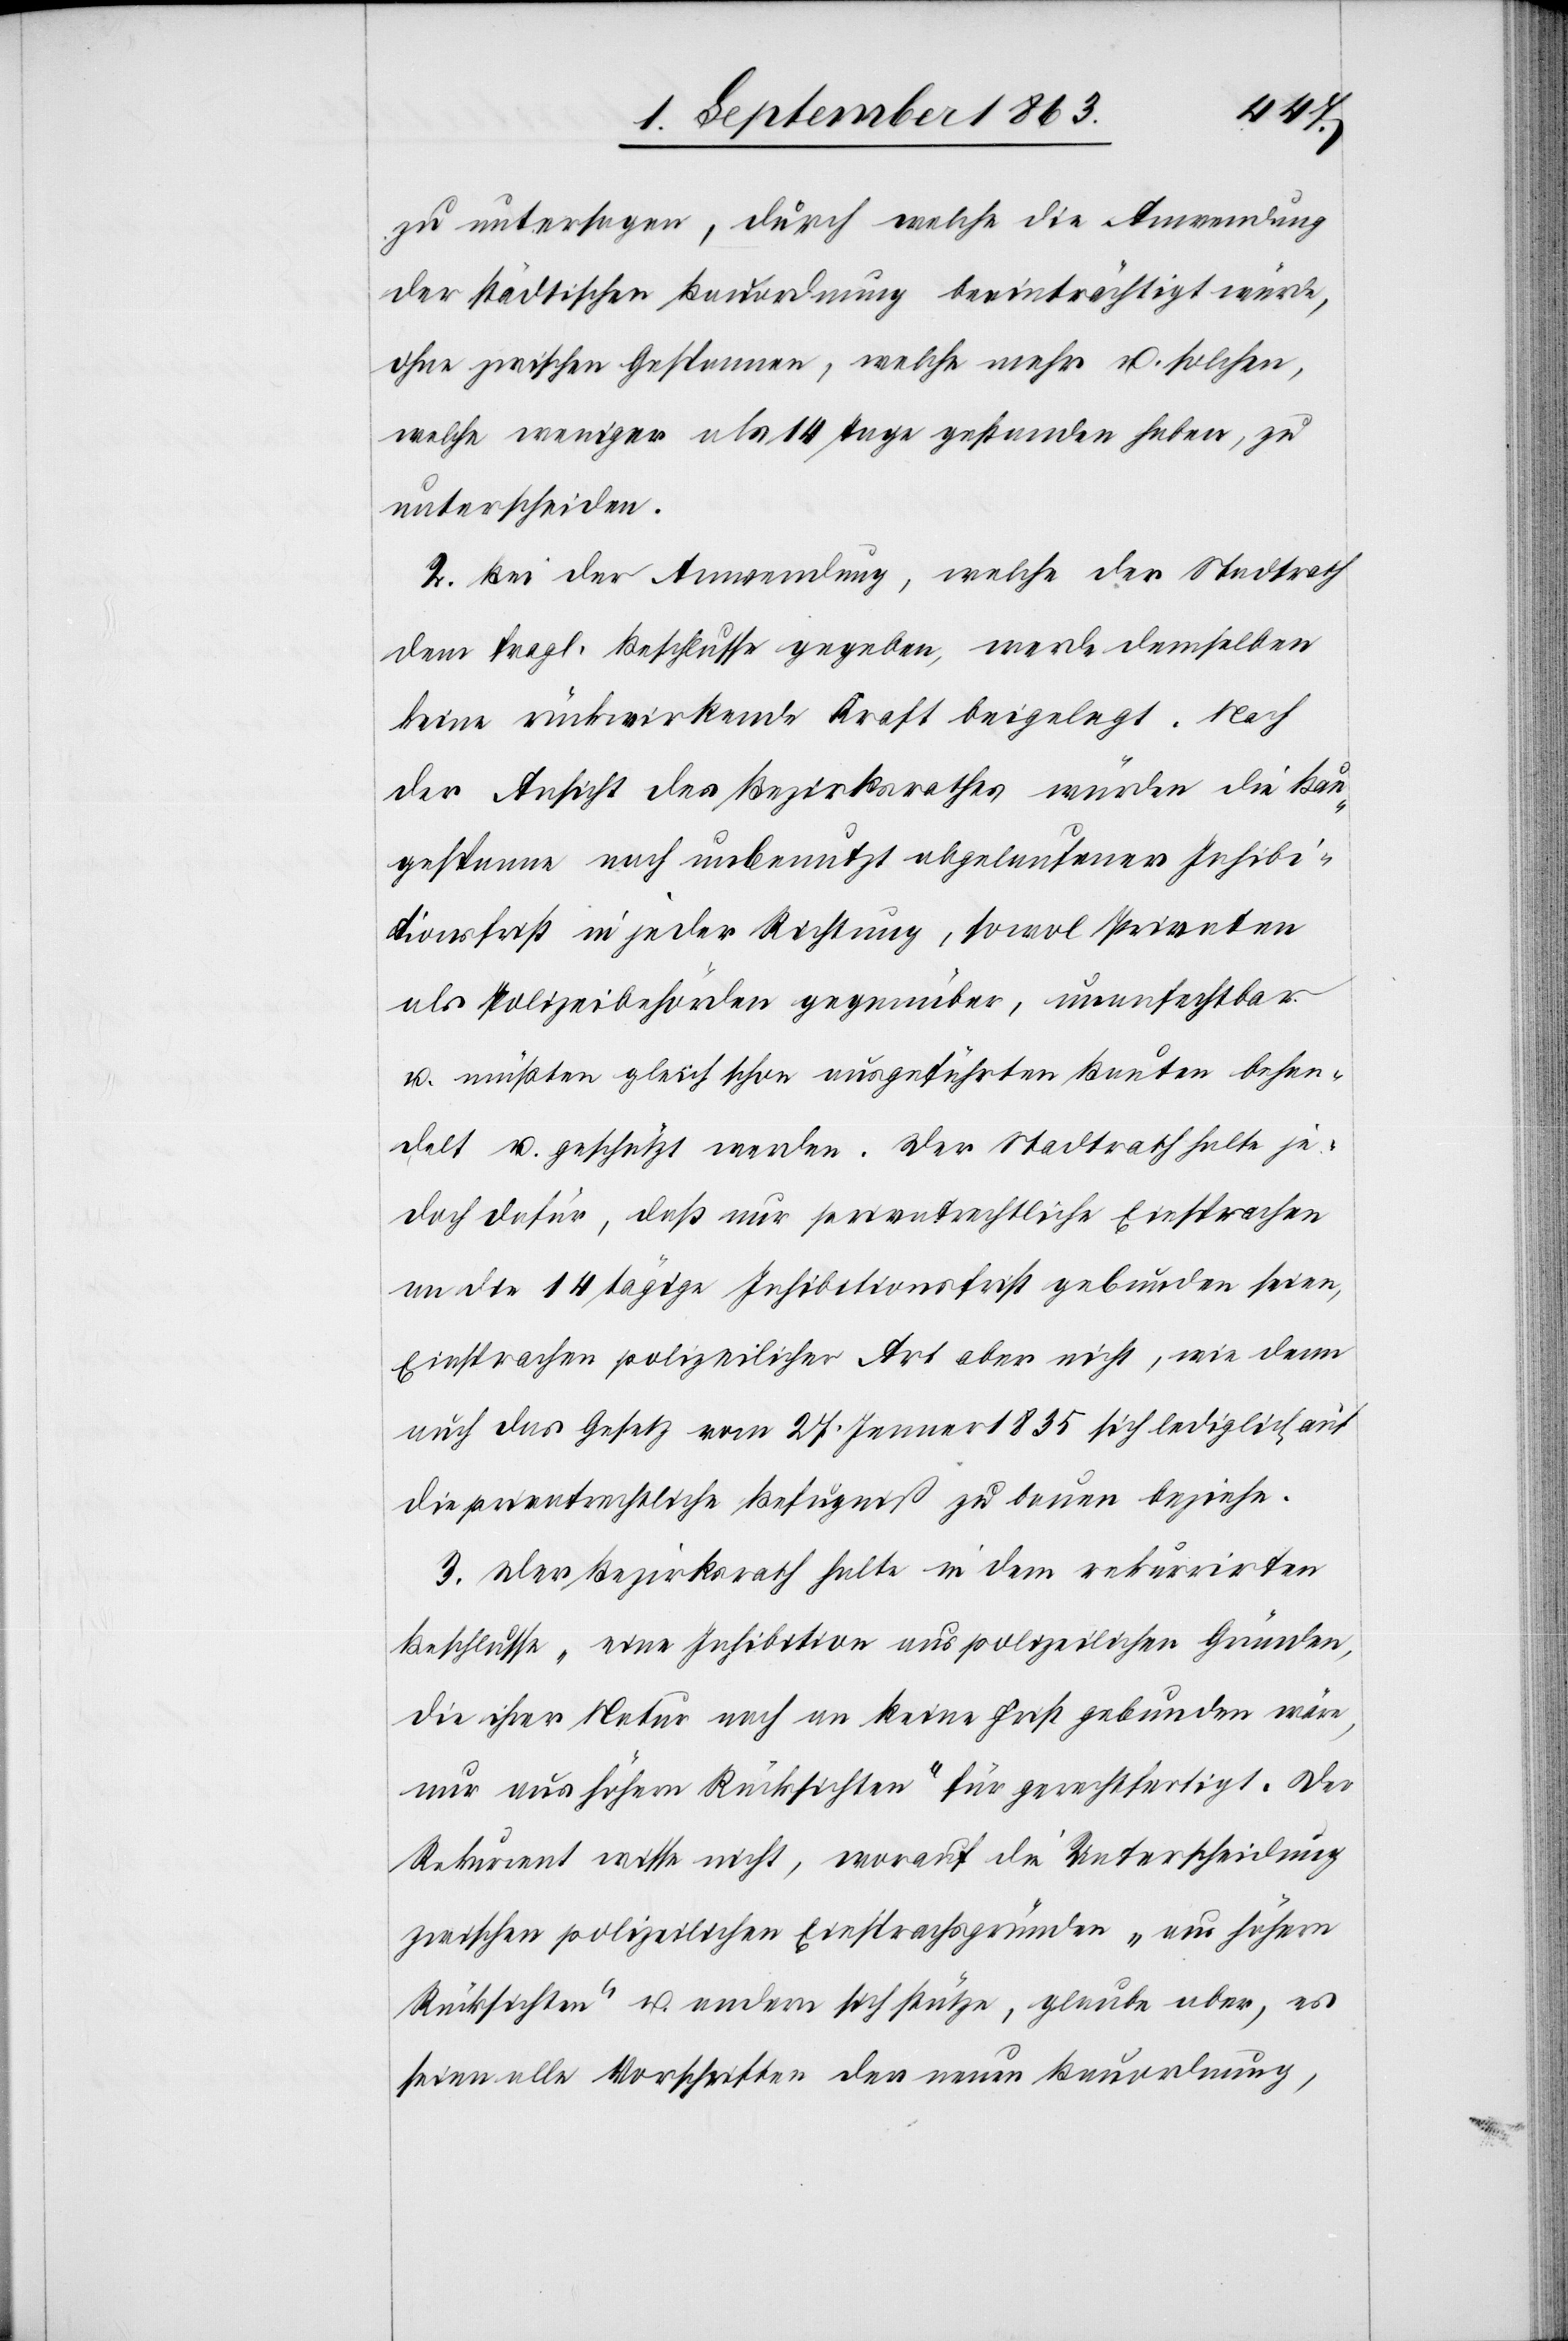
zu untersagen, durch welche die Anwendung
der städtischen Bauordnung beeinträchtigt würde,
ohne zwischen Gespannen, welche mehr u. solchen,
welche weniger als 14 Tage gestanden haben, zu
unterscheiden.
2. Bei der Anwendung, welche der Stadtrath
dem fragl. Beschlusse gegeben, werde demselben
keine rückwirkende Kraft beigelegt. Nach
der Ansicht des Bezirksrathes würden die Bau¬
gespanne nach unbenutzt abgelaufener Inhibi¬
tionsfrist in jeder Richtung, sowol Privaten
als Polizeibehörden gegenüber, unanfechtbar
u. müßten gleich schon ausgeführten Bauten behan¬
delt u. geschützt werden. Der Stadtrath halte je¬
doch dafür, daß nur privatrechtliche Einsprachen
an die 14 tägige Inhibitionsfrist gebunden seien,
Einsprachen polizeilicher Art aber nicht, wie denn
auch das Gesetz vom 27. Jenner 1835 sich lediglich auf
die privatrechtliche Befugniß zu bauen beziehe.
3. Der Bezirksrath halte in dem rekurrirten
Beschlusse „eine Inhibition aus polizeilichen Gründen,
die ihrer Natur nach an keine Frist gebunden wäre,
nur aus höhern Rücksichten“ für gerechtfertigt. Der
Rekurrent wisse nicht, worauf die Unterscheidung
zwischen polizeilichen Einsprachsgründen „aus höhern
Rücksichten“ u. andern sich stütze, glaube aber, es
seien alle Vorschriften der neuen Bauordnung,